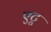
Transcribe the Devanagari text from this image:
एटू